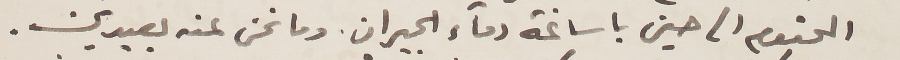
المحتوم الى حين باساغة دماء الجيران. وما نحن عنه بعيدين.